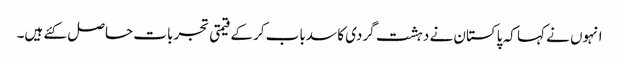
انہوں نے کہا کہ پاکستان نے دہشت گردی کا سدباب کرکے قیمتی تجربات حاصل کئے ہیں۔